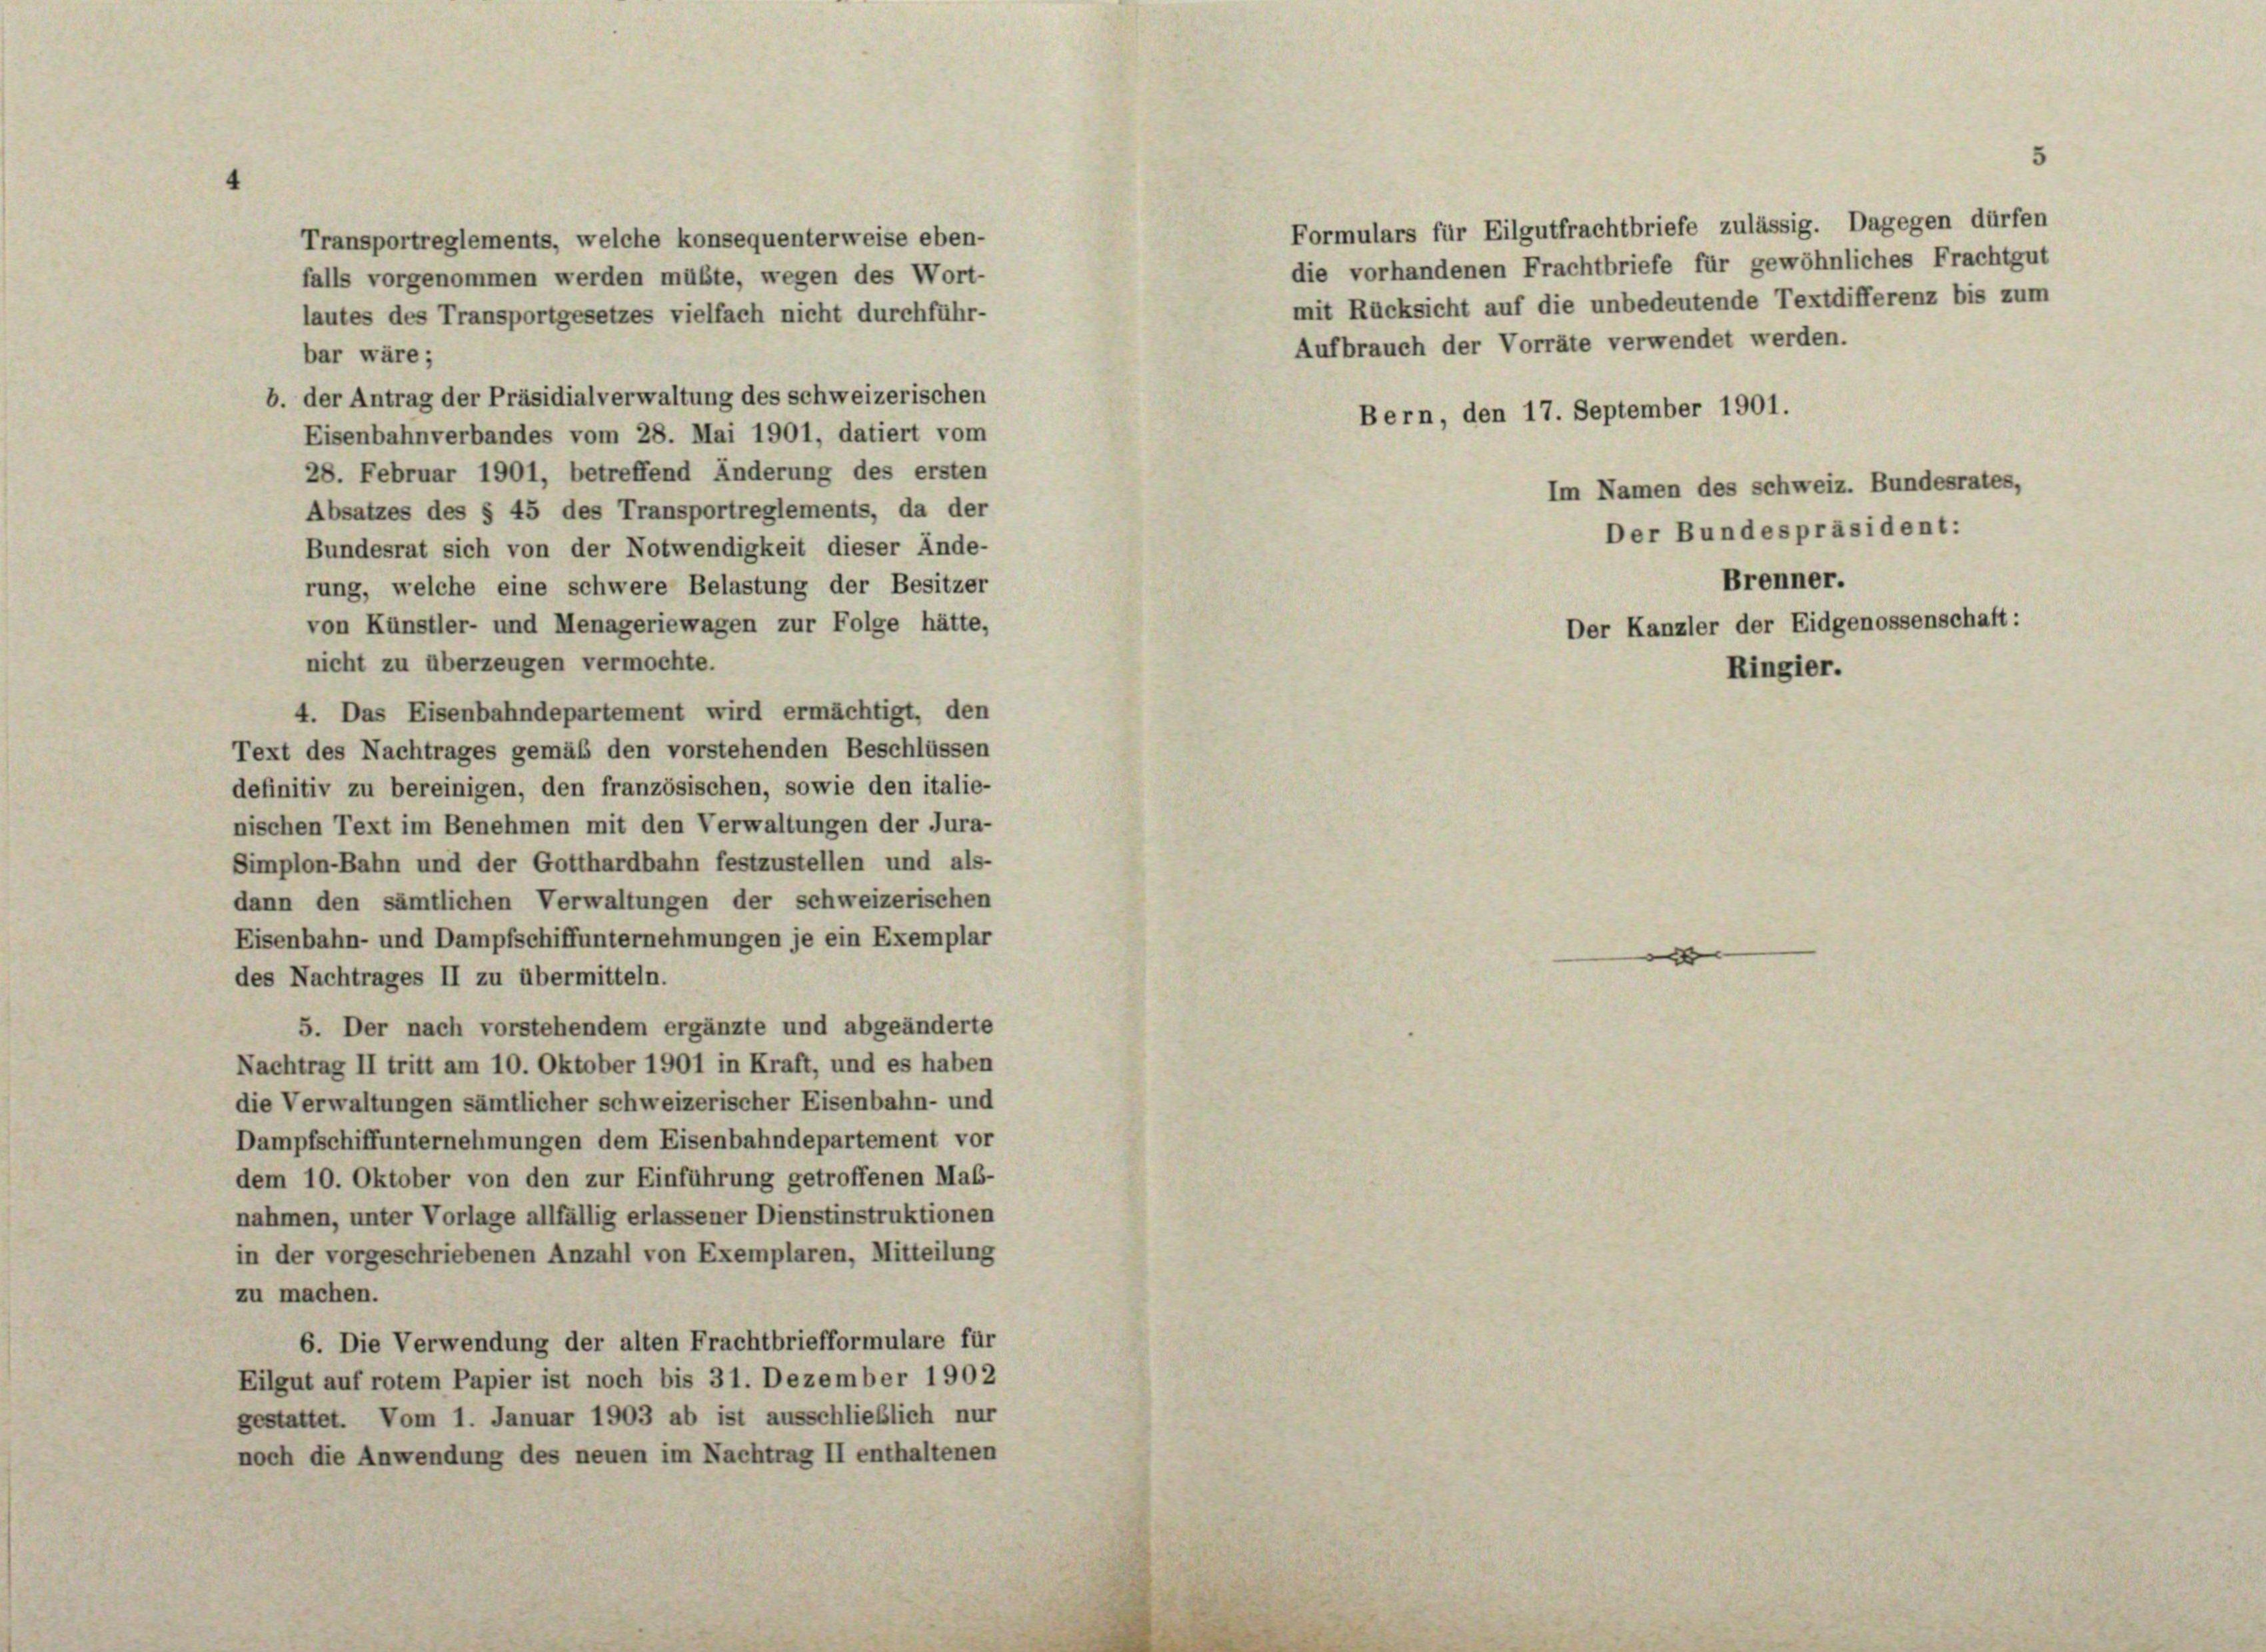
Formulars für Eilgutfrachtbriefe zulässig. Dagegen dürfen
Transportreglements, welche konsequenterweise eben-
die vorhandenen Frachtbriefe für gewöhnliches Frachtgut
falls vorgenommen werden müßte, wegen des Wort-
mit Rücksicht auf die unbedeutende Textdifferenz bis zum
lautes des Transportgesetzes vielfach nicht durchführ-
Aufbrauch der Vorräte verwendet werden.
bar wäre;
b. der Antrag der Präsidialverwaltung des schweizerischen
Bern, den 17. September 1901.
Eisenbahnverbandes vom 28. Mai 1901, datiert vom
28. Februar 1901, betreffend Änderung des ersten
Im Namen des schweiz. Bundesrates,
Absatzes des § 45 des Transportreglements, da der
Der Bundespräsident:
Bundesrat sich von der Notwendigkeit dieser Ände-
Brenner.
rung, welche eine schwere Belastung der Besitzer
von Künstler- und Menageriewagen zur Folge hätte,
nicht zu überzeugen vermochte.
4. Das Eisenbahndepartement wird ermächtigt, den
Text des Nachtrages gemäß den vorstehenden Beschlüssen
definitiv zu bereinigen, den französischen, sowie den italie-
nischen Text im Benehmen mit den Verwaltungen der Jura-
Simplon-Bahn und der Gotthardbahn festzustellen und als-
dann den sämtlichen Verwaltungen der schweizerischen
Eisenbahn- und Dampfschiffunternehmungen je ein Exemplar

des Nachtrages II zu übermitteln.
5. Der nach vorstehendem ergänzte und abgeänderte
Nachtrag II tritt am 10. Oktober 1901 in Kraft, und es haben
die Verwaltungen sämtlicher schweizerischer Eisenbahn- und
Dampfschiffunternehmungen dem Eisenbahndepartement vor
dem 10. Oktober von den zur Einführung getroffenen Mab-
nahmen, unter Vorlage allfällig erlassener Dienstinstruktionen
in der vorgeschriebenen Anzahl von Exemplaren, Mitteilung
zu machen.
6. Die Verwendung der alten Frachtbriefformulare für
Eilgut auf rotem Papier ist noch bis 31. Dezember 1902
gestattet. Vom 1. Januar 1903 ab ist ausschließlich nur
noch die Anwendung des neuen im Nachtrag II enthaltenen

Der Kanzler der Eidgenossenschaft:

Ringier.